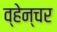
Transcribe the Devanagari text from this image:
व्हेन्चर